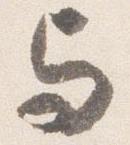
与